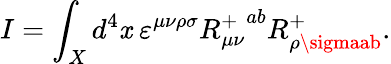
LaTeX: I=\int_{X}d^{4}\mathit{x}\ \varepsilon^{\mu\nu\rho\sigma}{R_{\mu\nu}^{+}}^{ab}R_{\rho\sigmaab}^{+}.